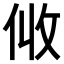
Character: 𠈅